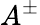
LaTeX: A^{\pm}